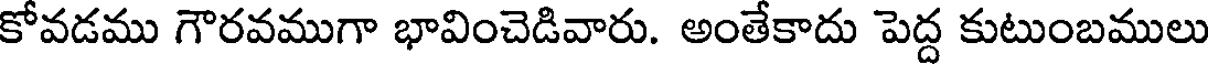
కోవడము గౌరవముగా భావించెడివారు. అంతేకాదు పెద్ద కుటుంబములు